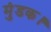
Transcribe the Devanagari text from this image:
मुंडक।